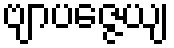
ဗျာပဇ္ဇေယျ